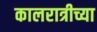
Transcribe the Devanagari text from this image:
कालरात्रीच्या